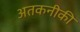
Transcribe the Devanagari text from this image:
अतकनीकी